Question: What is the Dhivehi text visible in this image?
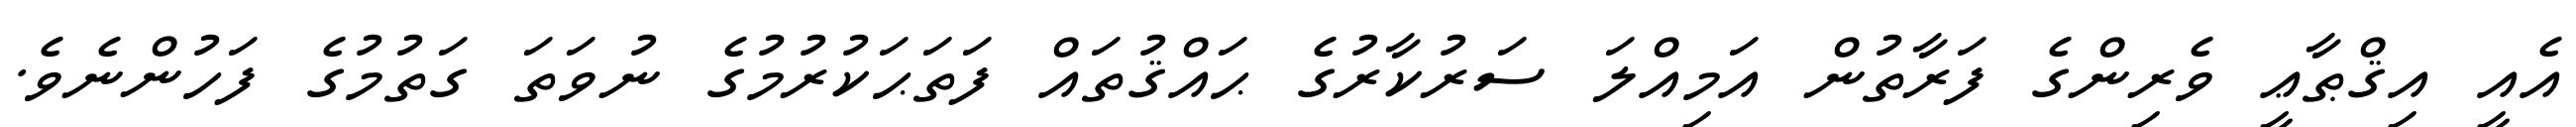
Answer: އެއީ އިޤްޠާޢީ ވެރިންގެ ފަރާތުން އަމިއްލަ ސަރުކާރުގެ ޙައްޤުތައް ފަތަޙަކުރުމުގެ ނުވަތަ ގަތުމުގެ ފަހުންނެވެ.